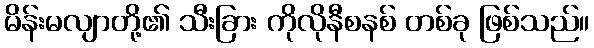
မိန်းမလျာတို့၏ သီးခြား ကိုလိုနီစနစ် တစ်ခု ဖြစ်သည်။